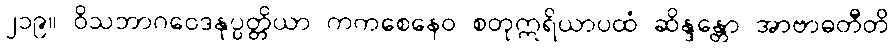
၂၁၉။ ဝိသဘာဂဝေဒနုပ္ပတ္တိယာ ကကစေနေဝ စတုဣရိယာပထံ ဆိန္ဒန္တော အာဗာဓတီတိ